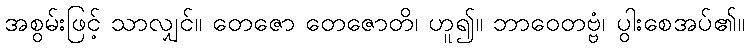
အစွမ်းဖြင့် သာလျှင်။ တေဇော တေဇောတိ၊ ဟူ၍။ ဘာဝေတဗ္ဗံ၊ ပွါးစေအပ်၏။